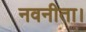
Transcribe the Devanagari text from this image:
नवनीता।